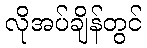
လိုအပ်ချိန်တွင်